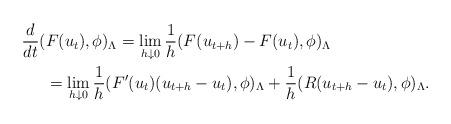
LaTeX: \begin{align*}\frac{d}{dt} ( &F(u_t),\phi )_{\Lambda} = \lim_{h\downarrow 0}\frac{1}{h}( F(u_{t+h})-F(u_{t}),\phi )_{\Lambda}\\&= \lim_{h\downarrow 0} \frac{1}{h}( F'(u_{t})(u_{t+h}-u_t),\phi)_{\Lambda} + \frac{1}{h}( R(u_{t+h}-u_t),\phi )_{\Lambda}.\end{align*}